Manual of vaccination for the United Provinces of Agra and Oudh -
Year: 1903
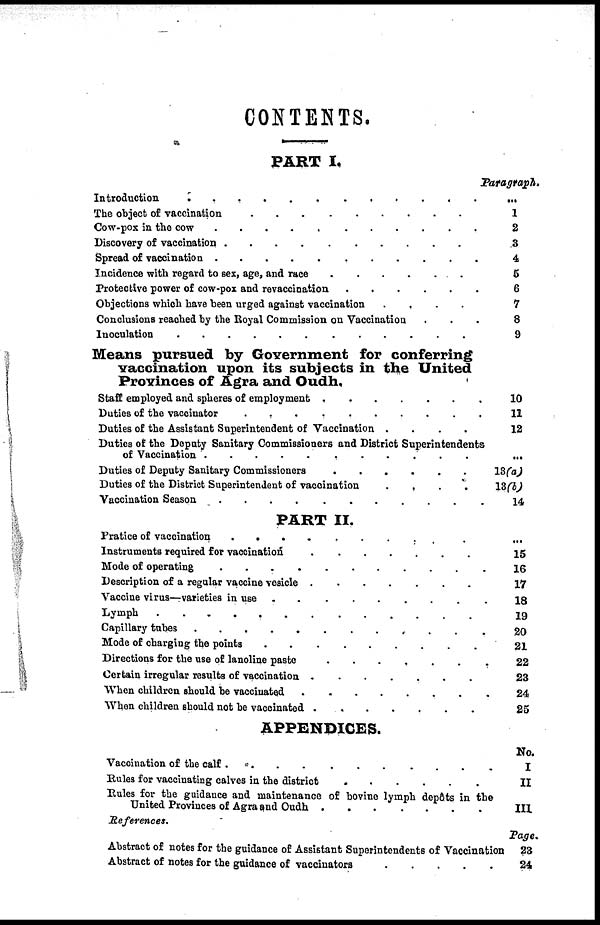
CONTENTS.
PART I.
Introduction
.
.
.
.
.
.
.
.
.
.
.
.
.
.
The object of vaccination . . . . . . . . . . . . . .
Cow-pox in the cow . . . . . . . . . . . . . .
Discovery of vaccination . . . . . . . . . . . . . .
Spread of vaccination . . . . . . . . . . . . . .
Incidence with regard to sex, age, and race . . . . . . . . . . . . . .
Protective power of cow-pox and revaccination . . . . . . .
Objections which have been urged against vaccination . . . . . .
Conclusions reached by the Royal Commission on Vaccination . . . .
Inoculation . . . . . . . . . . . . . .
Means pursued by Government for conferring
vaccination upon its subjects in the United
Provinces of Agra and Oudh.
Staff employed and spheres of employment . . . . . . . . . . . . . .
Duties of the vaccinator . . . . . . . . . . . . . .
Duties of the Assistant Superintendent of Vaccination
....
Duties of the Deputy Sanitary Commissioners and District Superintendents
of Vaccination . . . . . . . . . . . . . .
Duties of Deputy Sanitary Commissioners . . . . . . . . . . . . . .
Duties of the District Superintendent of vaccination . . . . . . . . . . . . . .
Vaccination Season . . . . . . . . . . . . . .
PART II.
Pratice of vaccination . . . . . . . . . . . . . .
Instruments required for vaccination . . . . . . . . . . . . . .
Mode of operating . . . . . . . . . . . . . .
Description of a regular vaccine vesicle . . . . . . . . . . . . . .
Vaccine virus—varieties in use . . . . . . . . . . . . . .
Lymph . . . . . . . . . . . . . .
Capillary tubes . . . . . . . . . . . . . .
Mode of charging the points . . . . . . . . . . . . . .
Directions for the use of lanoline paste . . . . . . . . . . . . . .
Certain irregular results results of vaccination . . . . . . . . . . . . . .
When Children should be vaccinated . . . . . . . . . . . . . .
When children should not be vaccinated . . . . . . . . . . . . . .
APPENDICES.
Vaccination of the calf . . . . . . . . . . . . . .
Rules for vaccinating calves in the district . . . . . . . . . . . . . .
Rules for the guidance and maintenance of bovine lymph depôts in the
United Provinces of Agra and Oudh . . . . . . . . . . . . . .
References.
Abstract of notes for the guidance of Assistant Superintendents of Vaccination
Abstract of notes for the guidance of vaccinators . . . . . . . . . . . . . .
Paragraph.
...
1
2
3
4
5
6
7
8
9
10
11
12
...
13(a)
13(b)
14
...
15
16
17
18
19
20
21
22
23
24
25
No.
I
II
III
Page.
23
24